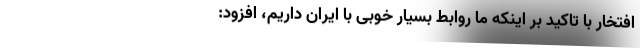
افتخار با تاکید بر اینکه ما روابط بسیار خوبی با ایران داریم، افزود: